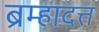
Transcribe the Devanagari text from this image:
ब्रम्हादत्त